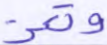
وتعز